Scottish Leaving Certificate Examination, 1956
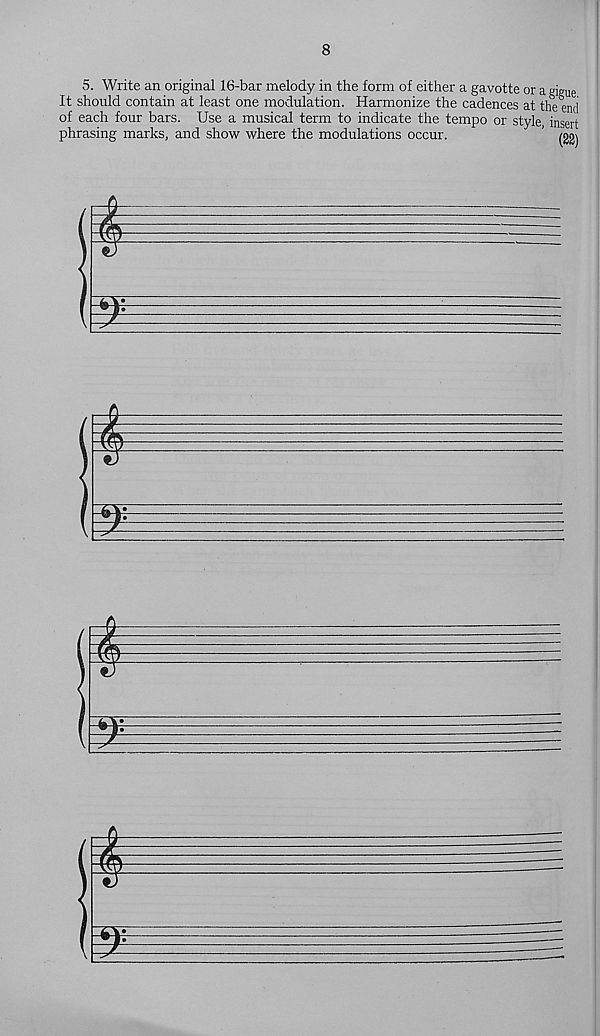
8
5. Write an original 16-bar melody in the form of either a gavotte or a eigue
It should contain at least one modulation. Harmonize the cadences at the end
of each four bars. Use a musical term to indicate the tempo or style, insert
phrasing marks, and show where the modulations occur.
’ m\
i